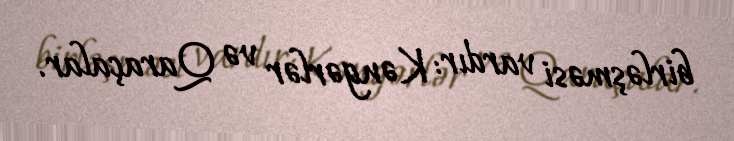
birləşməsi vardır: Kəngərlər və Qaraçalar.